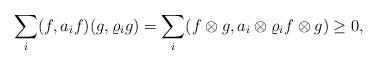
LaTeX: \begin{align*}\sum_i(f,a_if)(g, \varrho_i g) = \sum_i (f \otimes g, a_i \otimes \varrho_i f \otimes g) \geq 0,\end{align*}